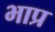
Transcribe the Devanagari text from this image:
भाप्र